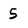
Character: 5